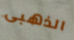
الذهبى